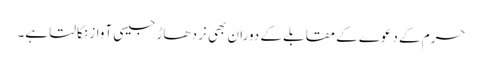
حرم کے دعوے کے مقابلے کے دوران بھی نر دھاڑ جیسی آواز نکالتا ہے۔